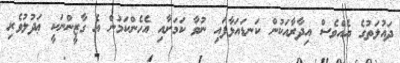
ދައުލަތުގެ އެއްވެސް އިދާރާއަކުން ކަނޑައަޅާފައި ނުވާ ކަމަށާއި އެހެންކަމުން އެ ގާޒީންނަކީ ޢަދުލުވެރި